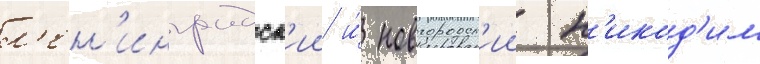
л'ен'инградск'ии и́ новгородск'ии н'икод'им